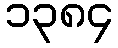
၁၃၈၄